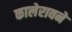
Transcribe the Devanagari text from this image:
कालेरावने